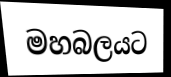
මහබලයට